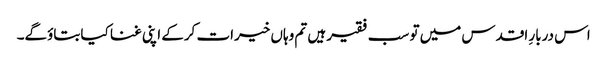
اس دربارِ اقدس میں تو سب فقیر ہیں تم وہاں خیرات کرکے اپنی غنا کیا بتاؤگے۔